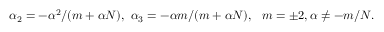
\alpha _ { 2 } = - \alpha ^ { 2 } / ( m + \alpha N ) , ~ \alpha _ { 3 } = - \alpha m / ( m + \alpha N ) , ~ ~ m = \pm 2 , \alpha \neq - m / N .